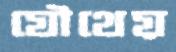
যৌথেয়